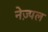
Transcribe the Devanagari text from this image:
नेज़्पल